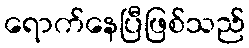
ရောက်နေပြီဖြစ်သည်